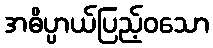
အဓိပ္ပာယ်ပြည့်ဝသော